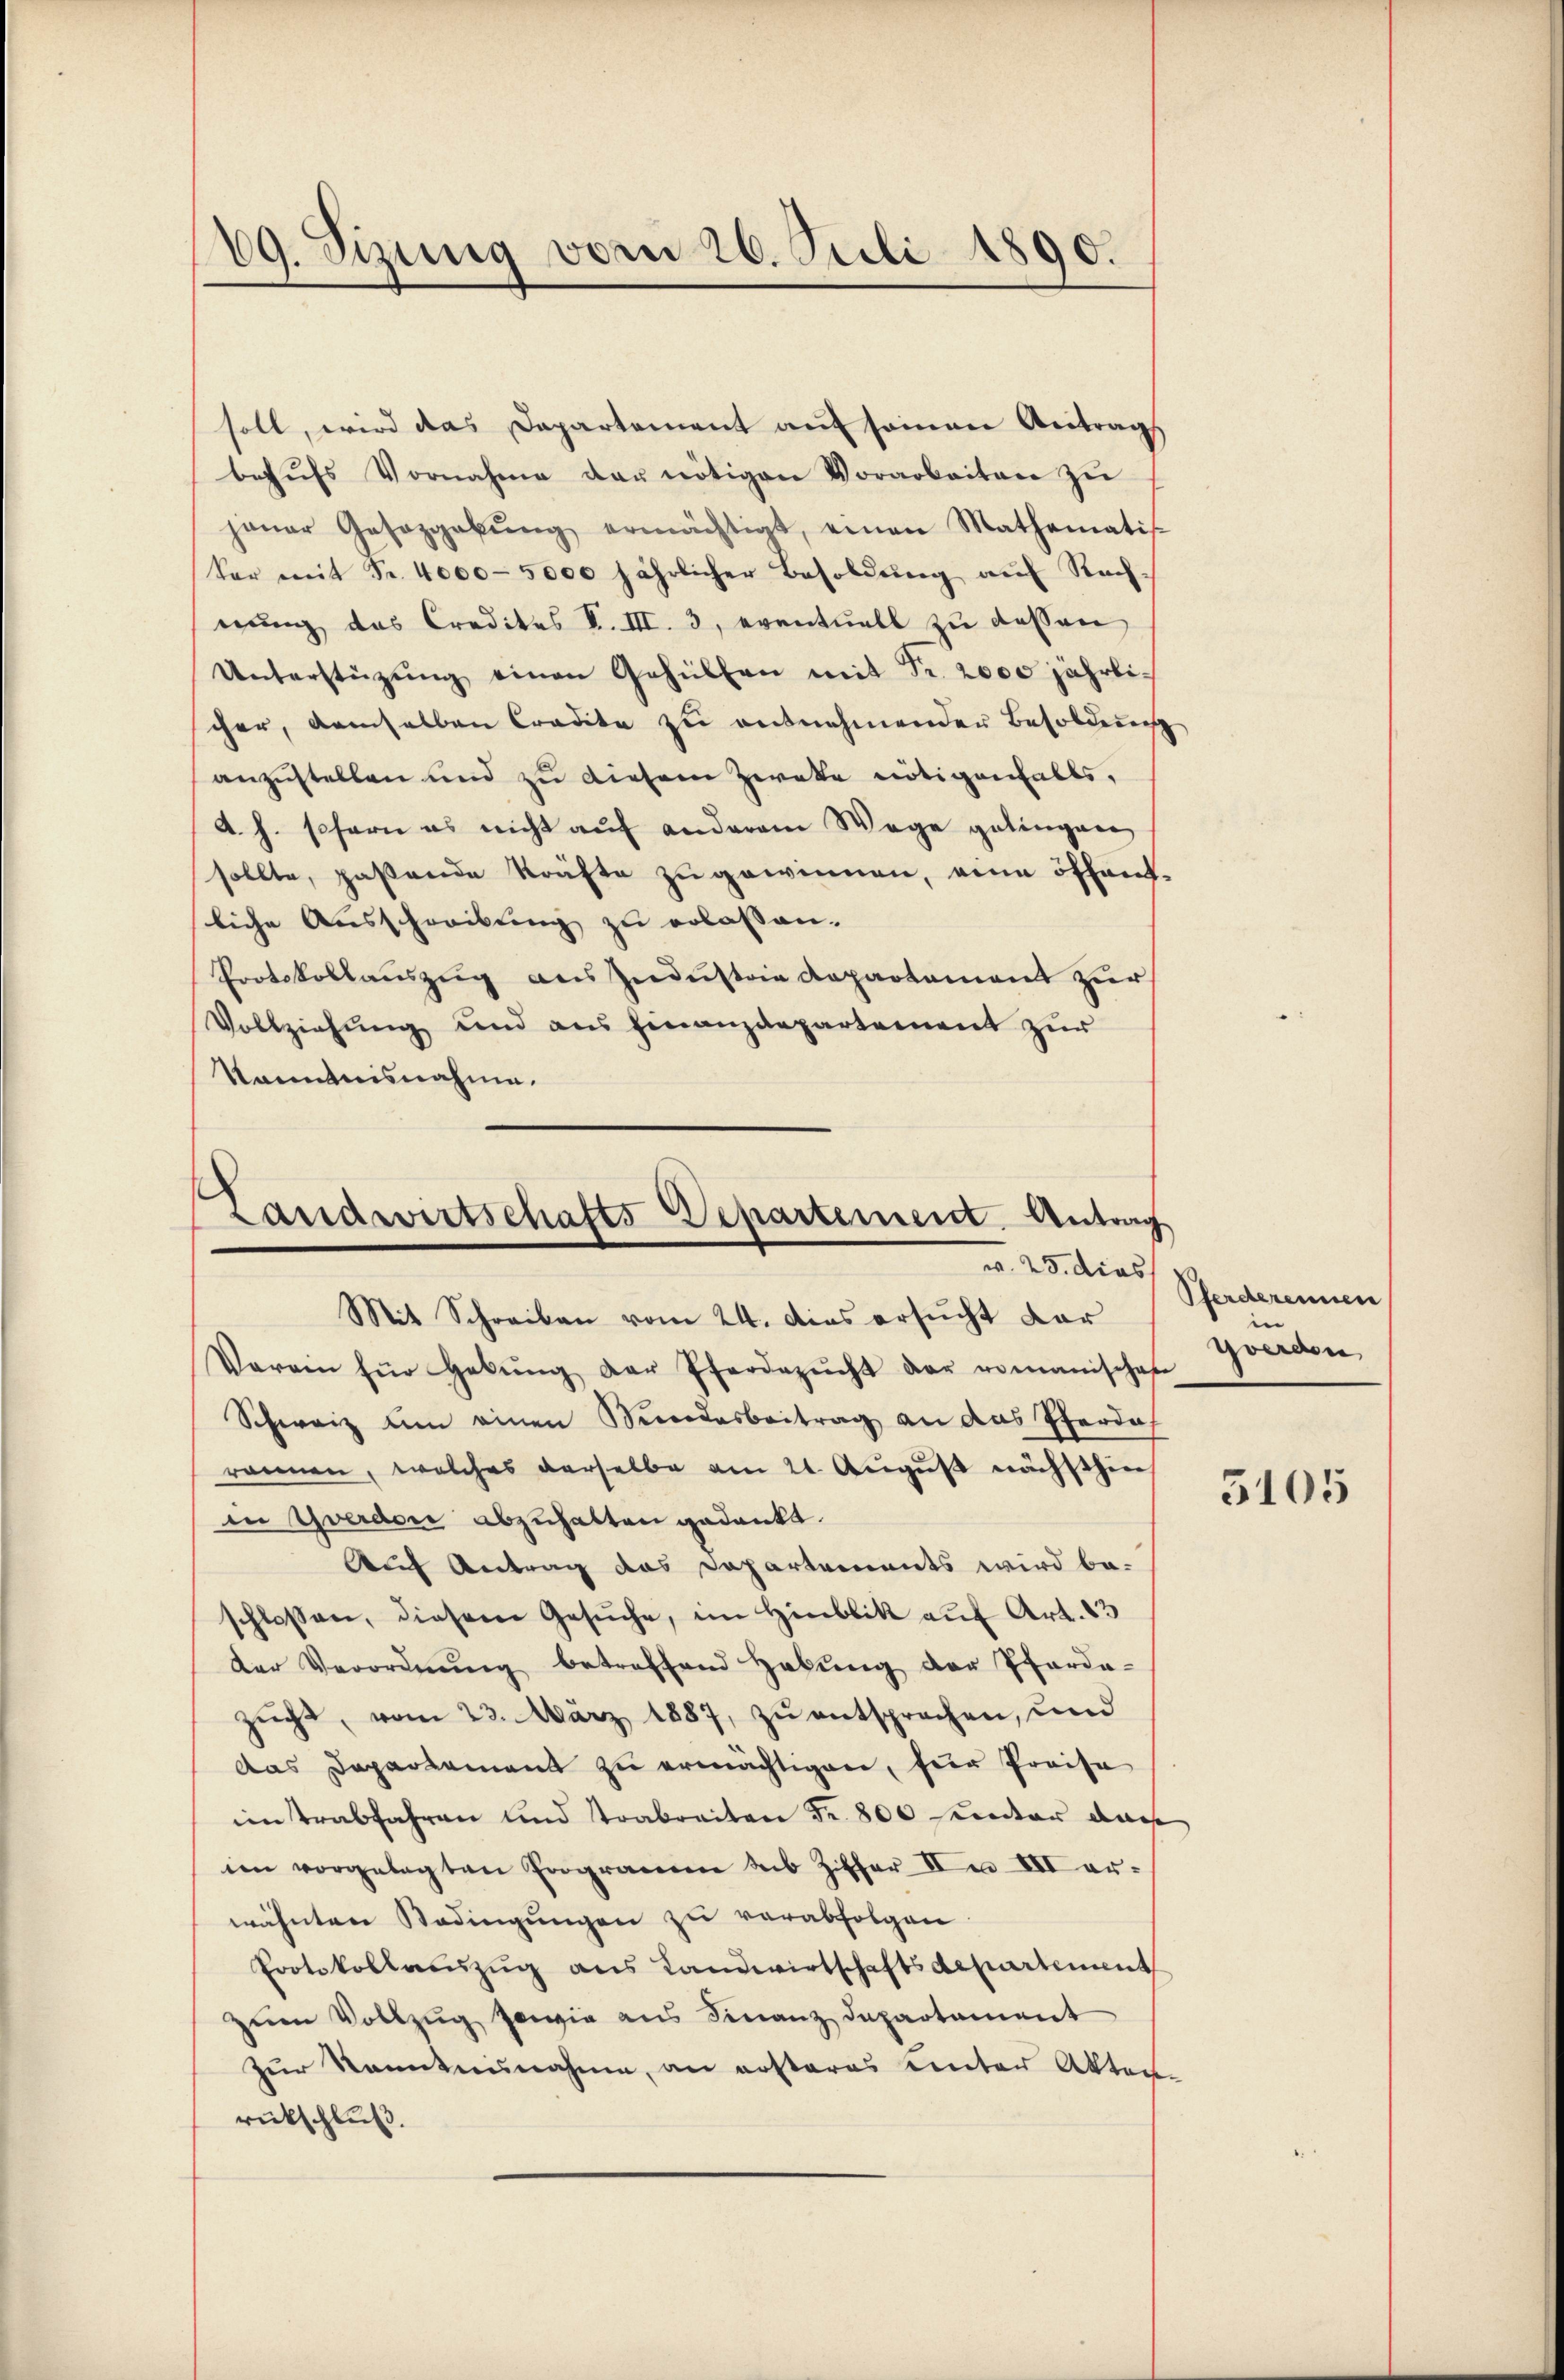
69. Sizung vom 26. Juli 1890.

soll, wird das Departement auf seinen Antrag
behŭfs Vornahme der nötigen Vorarbeiten zŭ
janar Gesazgabŭng ermächtigt, einen Mathematis-
Ver mit Fr. 4000-5000 jährlicher Besoldŭng aŭf Rach-
nŭng das Credites I. III. 3, eventuell zu dessen
Unterstützŭng einen Gehülfen mit Fr. 2000 jährlicher, demselben Credite zu entnehmenden Besoldung
anzustellen und zu diesem Zweke nötigenfalls,
A. h. schern es nicht auf anderem Wege gelingen
sollte, paßende Kräfte zu gewinnen, eine öffentliche Ausschreibung zu erlassen.
Protokollauszug aus Industrie Repartement zur
Vollziehung und aus Finanzdepartement zur
Kenntnisnahme.

.
Landwirtschafts-Departement Antrag
25. dies
Mit Schreiben vom 24. das ersucht dar

Verein für Hebŭng der Pferdezŭcht der romanischafe
Schweiz um einen Sondesbeitrag an das Pferde
ronnen, welches derselbe am 21. August nächsthin
in Yverdore abzuhalten gedankt.
Auf Antrag das Departements wird beschlossen, diesem Gesŭche, im Hinblik aŭf Art. 83
der Verordnŭng betreffend Habŭng der Pfarda-
zŭcht, vom 23. März 1887, zu entsprechen, und
das Departement zu ermächtigen, fern Preise
im trabfahren und Trabreiten Fr. 800 Frector auch
im vorgelegten Programme sub Ziffer II XII er-
wähnten Bedingŭngen zu verabfolgen.
Protokollauszug aus Landwirtschaftsdepartement
zum Vollzug sowie aus Finanz Departament
zur Kenntnisnahme, an erstares unter Akten-
rückschluß.

Pferderennen
Yverden

5105